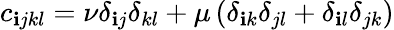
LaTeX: c_{\mathbf{i}jkl}=\nu\delta_{\mathbf{i}j}\delta_{kl}+\mu\left(\delta_{\mathbf{i}k}\delta_{jl}+\delta_{\mathbf{i}l}\delta_{jk}\right)